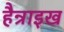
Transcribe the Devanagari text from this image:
हैन्राइख